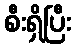
စီးရှိပြီး